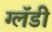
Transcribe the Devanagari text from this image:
ग्लॅडी